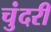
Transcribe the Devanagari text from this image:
चुंदरी